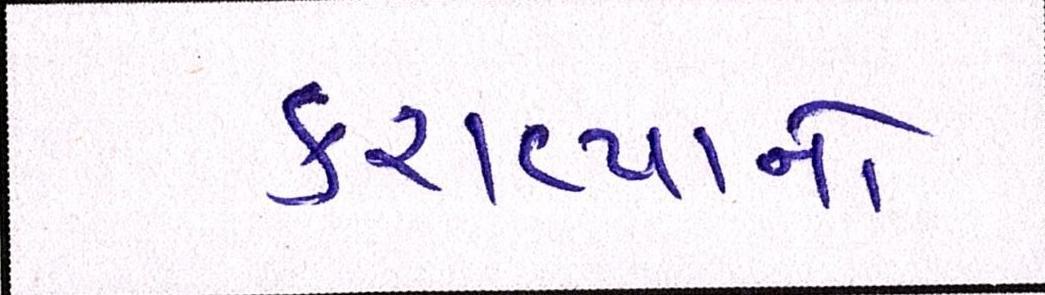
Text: કરાવ્યાનો